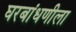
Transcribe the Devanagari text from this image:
घरबांधणीला